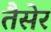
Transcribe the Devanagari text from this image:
तैसेर